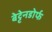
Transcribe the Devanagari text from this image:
बेट्टेनडोर्फ